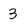
Character: 3